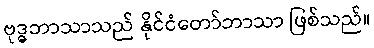
ဗုဒ္ဓဘာသာသည် နိုင်ငံတော်ဘာသာ ဖြစ်သည်။